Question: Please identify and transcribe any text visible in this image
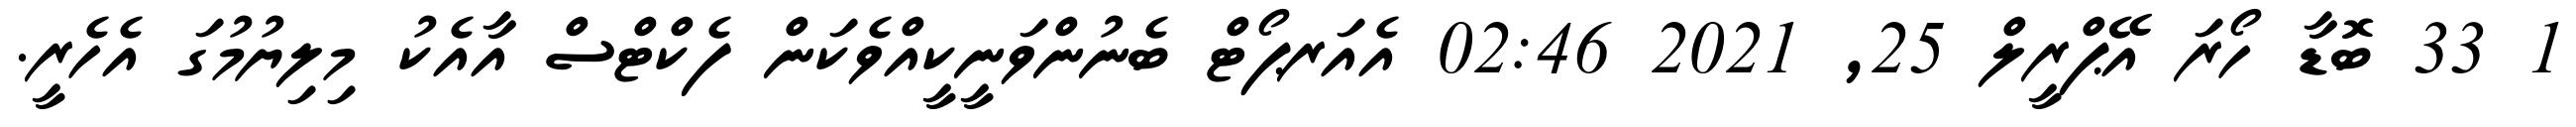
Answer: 1 33 ބޮޑާ ހޯރަ އޭޕްރީލް 25, 2021 02:46 އެއަރޕޯޓް ބެނުންވަނީކީއްވެކަން ފެކްޓްސް އާއެކު މިލިޔުމުގަ އެހެރީ.